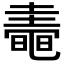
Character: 𪓤